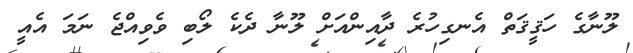
ލޫނާގެ ހަޤީޤަތް އެނގިހުރެ ދާއިންއަށް ލޫނާ ދެކެ ލޯބި ވެވިއްޖެ ނަމަ އެއީ